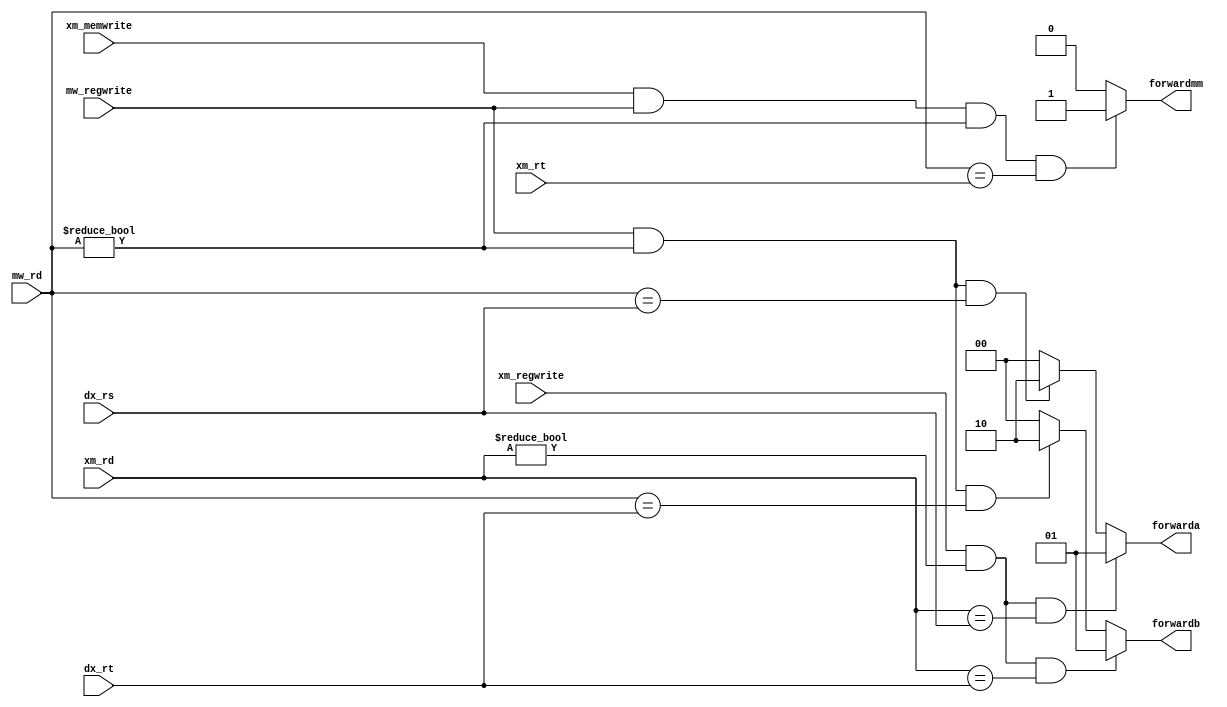
// forwarding logic
    // input signals from pipeline registers
    // check for raw dependencies
    // output yes no signal to muxes 

// USAGE
// inputs:
//      signals for regwrite from EX/MEM and MEM/WB stage
//      register Rs and Rt from 
//      register Rd
// outputs:
//      2bit forwarding wires a and b for rs and rt respectively
module forwarding_unit(
    input xm_regwrite, xm_memwrite, mw_regwrite,
    input [3:0] xm_rd, xm_rt, mw_rd, dx_rs, dx_rt,
    output forwardmm,
    output [1:0] forwarda, forwardb);

    // outputs
    // 2 bit output for xx and mx signals respectively for Rs
    // 2 bit output for xx, and mx signals respectively for Rt
    // 1 bit output for mm signals for Rt

    // MEM to MEM
    // if (MEM/WB.RegWrite and (MEM/WB.RegisterRd  0) and (MEM/WB.RegisterRd = EX/MEM.RegisterRt)), then ForwardB100
    // signal only valid for Rs
    // EX to EX
    // if (EX/MEM.RegWrite and (EX/MEM.RegisterRd != 0) and (EX/MEM.RegisterRd = ID/EX.RegisterRs)), then ForwardA = 010
    // if (EX/MEM.RegWrite and (EX/MEM.RegisterRd != 0) and (EX/MEM.RegisterRd = ID/EX.RegisterRt)), then ForwardB = 010
    // MEM to EX
    // if (MEM/WB.RegWrite and (MEM/WB.RegisterRd != 0)
    //    and ~(EX/MEM.RegWrite and (EX/MEM.RegisterRd != 0) and (EX/MEM.RegisterRd = ID/EX.RegisterRs)) <----- basically prevent overiding
    //    and (MEM/WB.RegisterRd = ID/EX.RegisterRs)), then ForwardA = 001
    // if (MEM/WB.RegWrite and (MEM/WB.RegisterRd != 0)
    //    and ~(EX/MEM.RegWrite and (EX/MEM.RegisterRd != 0) and (EX/MEM.RegisterRd = ID/EX.RegisterRt))
    //    and (MEM/WB.RegisterRd = ID/EX.RegisterRt)), then ForwardB = 001



    assign forwarda = 
        (xm_regwrite & (xm_rd != 4'h0) & (xm_rd == dx_rs)) ? 2'b01 : // logic for xx forwarding
        (mw_regwrite & (mw_rd != 4'h0) & (mw_rd == dx_rs)) ? 2'b10 : // logic for mx forwarding
        2'b00;
    assign forwardb = 
        (xm_regwrite & (xm_rd != 4'h0) & (xm_rd == dx_rt)) ? 2'b01 :
        (mw_regwrite & (mw_rd != 4'h0) & (mw_rd == dx_rt)) ? 2'b10 :
        2'b00;

    assign forwardmm = (xm_memwrite & mw_regwrite & (mw_rd != 4'h0) & (mw_rd == xm_rt)) ? 1 : 0;

endmodule